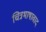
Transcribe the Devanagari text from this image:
चित्रभाषावाद